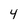
Character: 4